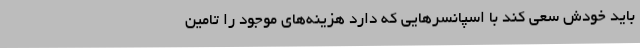
باید خودش سعی کند با اسپانسرهایی که دارد هزینه‌های موجود را تامین